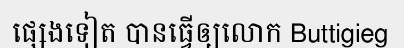
ផ្សេងទៀត បានធ្វើឲ្យលោក Buttigieg